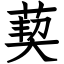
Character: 葜